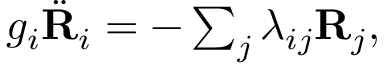
\begin{array} { r } { g _ { i } \ddot { \bf R } _ { i } = - \sum _ { j } \lambda _ { i j } { \bf R } _ { j } , } \end{array}